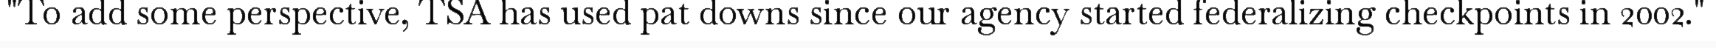
"To add some perspective, TSA has used pat downs since our agency started federalizing checkpoints in 2002."